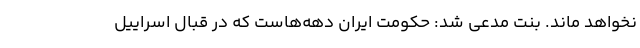
نخواهد ماند. بنت مدعی شد: حکومت ایران دهه‌هاست که در قبال اسراییل